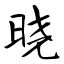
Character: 晓